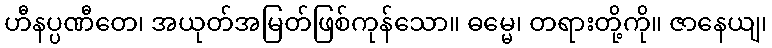
ဟီနပ္ပဏီတေ၊ အယုတ်အမြတ်ဖြစ်ကုန်သော။ ဓမ္မေ၊ တရားတို့ကို။ ဇာနေယျ၊